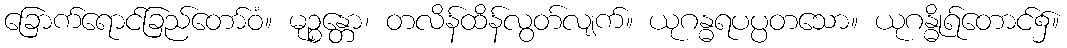
ခြောက်ရောင်ခြည်တော်ဝံ။ မုဉ္စန္တော၊ တလိန်ထိန်လွတ်လျက်။ ယုဂန္ဓရပပ္ပတသော။ ယုဂန္ဓိုရ်တောင်၌။